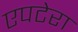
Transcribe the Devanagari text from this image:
एपटेरा